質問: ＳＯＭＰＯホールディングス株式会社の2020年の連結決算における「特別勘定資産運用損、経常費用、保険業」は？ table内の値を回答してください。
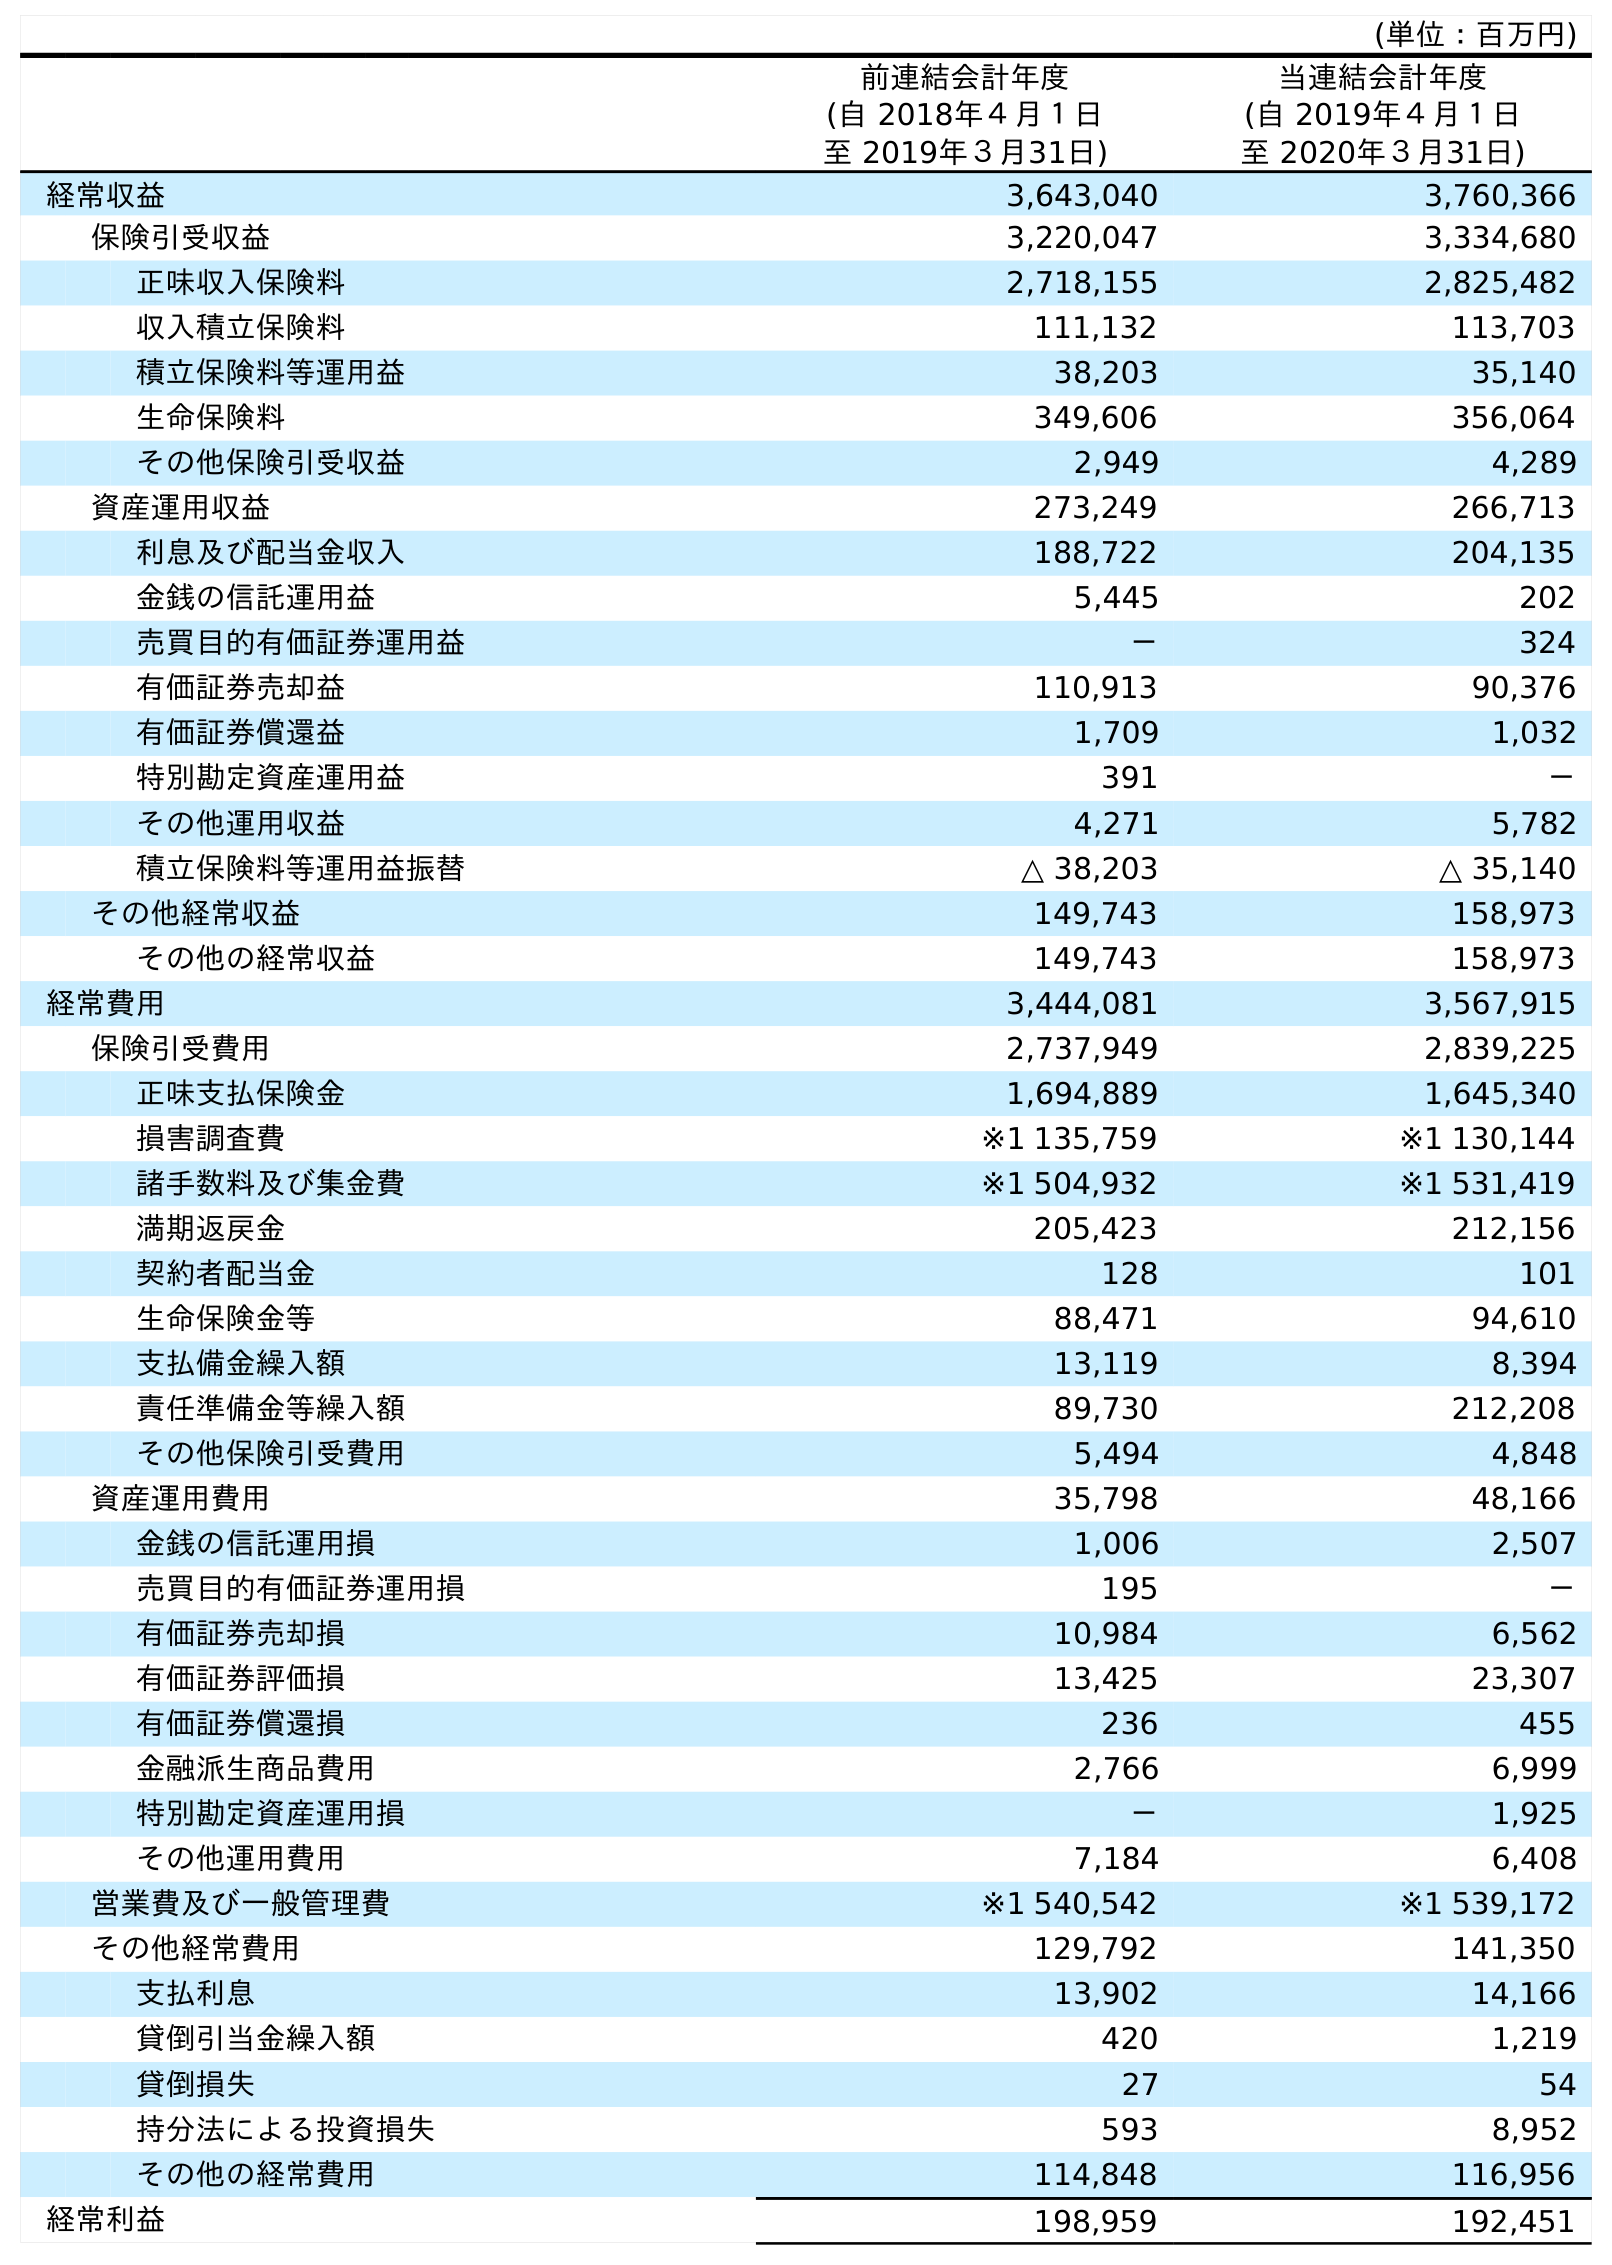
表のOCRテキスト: (単位：百万円) 前連結会計年度 (自 2018年４月１日 至 2019年３月31日) 当連結会計年度 (自 2019年４月１日 至 2020年３月31日) 経常収益 3,643,040 3,760,366 保険引受収益 3,220,047 3,334,680 正味収入保険料 2,718,155 2,825,482 収入積立保険料 111,132 113,703 積立保険料等運用益 38,203 35,140 生命保険料 349,606 356,064 その他保険引受収益 2,949 4,289 資産運用収益 273,249 266,713 利息及び配当金収入 188,722 204,135 金銭の信託運用益 5,445 202 売買目的有価証券運用益 － 324 有価証券売却益 110,913 90,376 有価証券償還益 1,709 1,032 特別勘定資産運用益 391 － その他運用収益 4,271 5,782 積立保険料等運用益振替 △ 38,203 △ 35,140 その他経常収益 149,743 158,973 その他の経常収益 149,743 158,973 経常費用 3,444,081 3,567,915 保険引受費用 2,737,949 2,839,225 正味支払保険金 1,694,889 1,645,340 損害調査費 ※1 135,759 ※1 130,144 諸手数料及び集金費 ※1 504,932 ※1 531,419 満期返戻金 205,423 212,156 契約者配当金 128 101 生命保険金等 88,471 94,610 支払備金繰入額 13,119 8,394 責任準備金等繰入額 89,730 212,208 その他保険引受費用 5,494 4,848 資産運用費用 35,798 48,166 金銭の信託運用損 1,006 2,507 売買目的有価証券運用損 195 － 有価証券売却損 10,984 6,562 有価証券評価損 13,425 23,307 有価証券償還損 236 455 金融派生商品費用 2,766 6,999 特別勘定資産運用損 － 1,925 その他運用費用 7,184 6,408 営業費及び一般管理費 ※1 540,542 ※1 539,172 その他経常費用 129,792 141,350 支払利息 13,902 14,166 貸倒引当金繰入額 420 1,219 貸倒損失 27 54 持分法による投資損失 593 8,952 その他の経常費用 114,848 116,956 経常利益 198,959 192,451
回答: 1,925